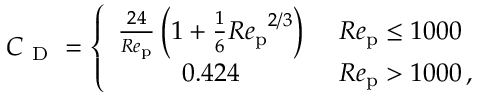
C _ { \mathrm { ~ D ~ } } = \left\{ \begin{array} { c l } { \frac { 2 4 } { R e _ { \mathrm { p } } } \left( 1 + \frac { 1 } { 6 } { R e _ { \mathrm { p } } } ^ { 2 / 3 } \right) } & { \ { R e _ { \mathrm { p } } } \leq 1 0 0 0 } \\ { 0 . 4 2 4 } & { \ { R e _ { \mathrm { p } } } > 1 0 0 0 \, , } \end{array} \right.